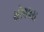
સોલધરા